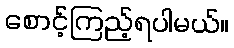
စောင့်ကြည့်ရပါမယ်။